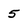
Character: 5